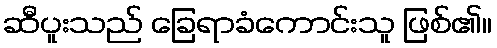
ဆီပူးသည် ခြေရာခံကောင်းသူ ဖြစ်၏။